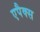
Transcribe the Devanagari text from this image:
एपैक्स